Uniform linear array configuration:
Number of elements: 8
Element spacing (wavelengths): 0.25
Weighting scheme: hann
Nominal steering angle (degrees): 60
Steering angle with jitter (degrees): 60.926
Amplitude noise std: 0.05
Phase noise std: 0.05

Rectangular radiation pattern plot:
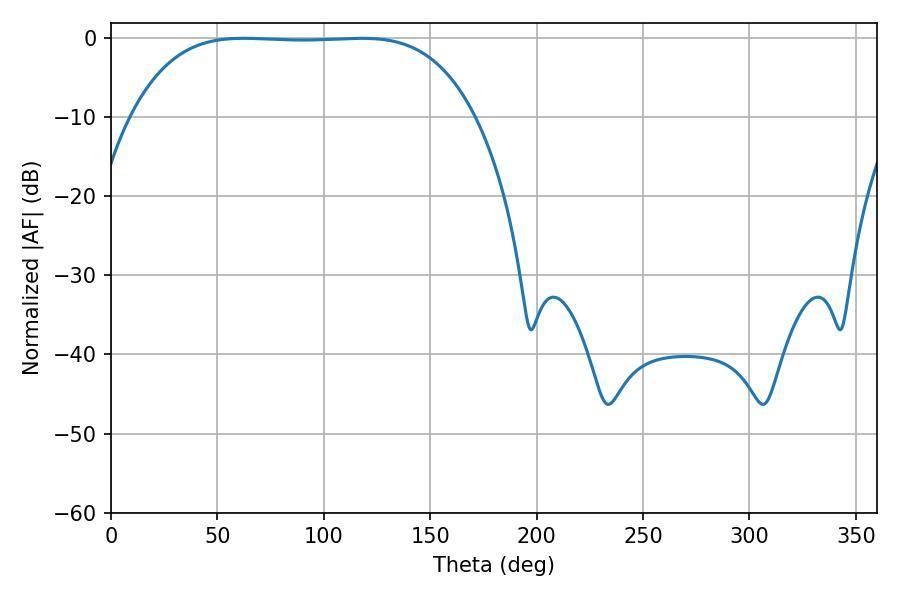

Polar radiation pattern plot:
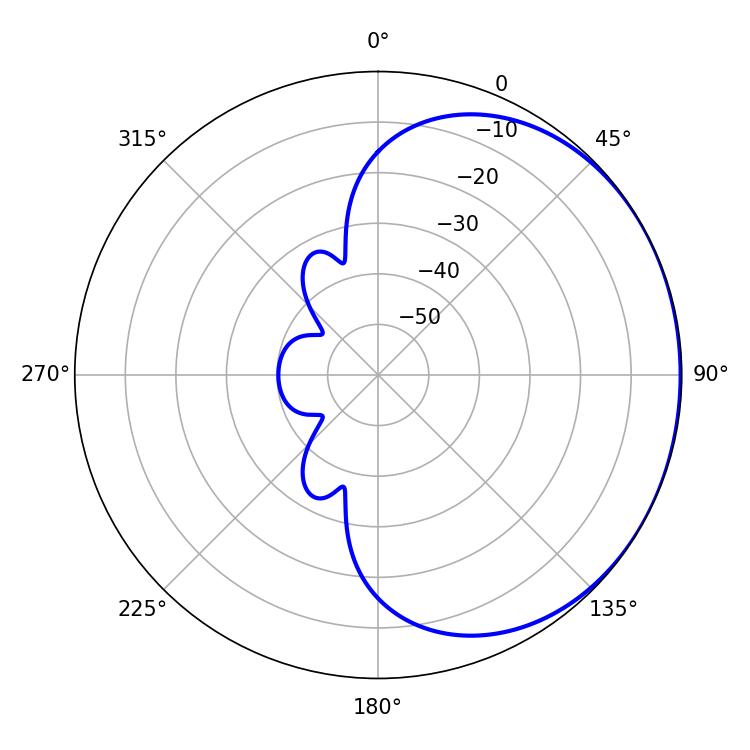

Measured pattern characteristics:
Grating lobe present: FALSE
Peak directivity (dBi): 0.7131
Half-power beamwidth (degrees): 124.56
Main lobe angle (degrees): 62.28